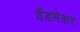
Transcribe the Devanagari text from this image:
वैंडमेकर